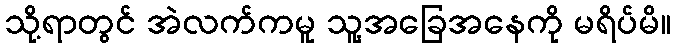
သို့ရာတွင် အဲလက်ကမူ သူ့အခြေအနေကို မရိပ်မိ။